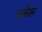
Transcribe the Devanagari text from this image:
उलेरू